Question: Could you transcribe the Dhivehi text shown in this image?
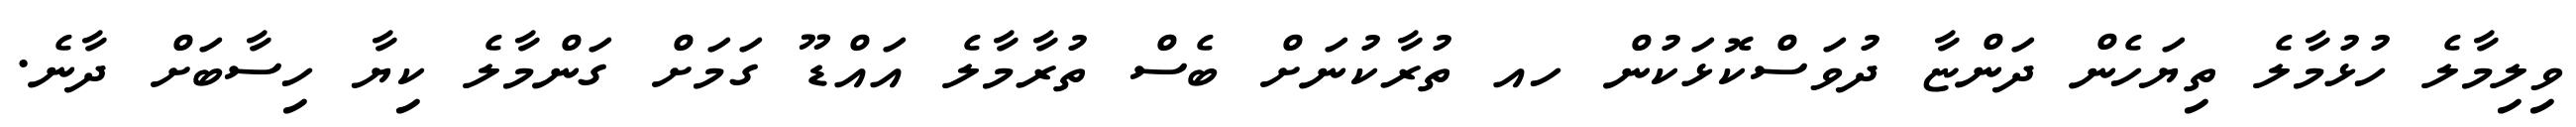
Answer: ވިލިމާލެ ހުޅުމާލެ ތިޔަހެން ދަންޏާ ދުވަސްކޮޅަކުން ހއ ތުރާކުނަށް ބެސް ތުރާމާލެ އައްޑޫ ގަމަށް ގަންމާލެ ކިޔާ ހިސާބަށް ދާނެ.